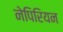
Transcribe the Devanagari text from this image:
नेपिरियन